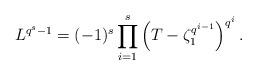
LaTeX: \begin{align*} L^{q^{{s}}-1}=(-1)^s\prod_{i=1}^{{s}} \left( T-\zeta_1^{q^{i-1}} \right)^{q^i}.\end{align*}